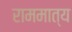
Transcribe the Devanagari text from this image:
राममात्य